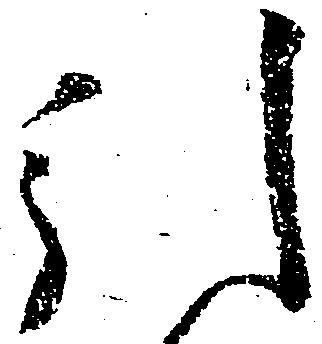
引